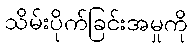
သိမ်းပိုက်ခြင်းအမှုကို